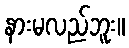
နားမလည်ဘူး။